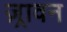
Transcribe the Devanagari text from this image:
ज़्रावन